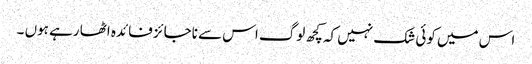
اس میں کوئی شک نہیں کہ کچھ لوگ اس سے ناجائز فائدہ اٹھا رہے ہوں ۔